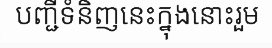
បញ្ជីទំនិញនេះក្នុងនោះរួម